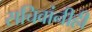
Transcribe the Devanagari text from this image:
सचिवांनीही